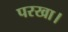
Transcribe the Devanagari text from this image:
परखा।